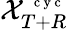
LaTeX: \mathcal X_{T+R}^{\mathrm{~\scriptsize~c~y~c~}}